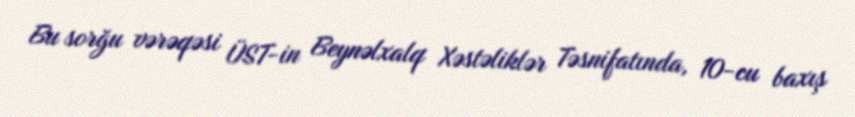
Bu sorğu vərəqəsi ÜST-in Beynəlxalq Xəstəliklər Təsnifatında, 10-cu baxış